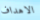
الاهداف